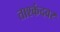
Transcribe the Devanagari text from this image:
ताश्कंदवर